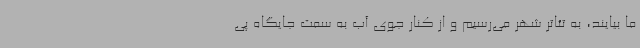
ما بیایند، به تئاتر شهر می‌رسیم و از کنار جوی آب به سمت جایگاه پی